system: You are a helpful assistant.
user:
Analyze the provided spectrum to determine if it is a **Carbon Star (C-type)**.

- **Key Visual Indicators of Carbon Star:**
    - **(Primary):** Strong molecular absorption from **C₂ (diatomic carbon) "Swan Bands."** This is the **defining feature** of a carbon star.
        - **(Key Bandheads):** Sharp absorption edges are visible at approximately $5635$ Å, $5165$ Å (the strongest band), and $4737$ Å.
        - **(Line Profile):** Creates a distinct **"saw-tooth"** pattern. The key morphology is a sharp, steep bandhead on the **red (long-wavelength) side**, which then gradually tapers off (i.e., flux recovers) towards the **blue (short-wavelength) side**. *(This is the direct opposite of the TiO bands seen in M-type stars)*.

    - **(Secondary):** Intense **CN (cyanogen)** molecular absorption bands.
        - **(Key Bandheads):** Located in the blue and violet regions of the spectrum (e.g., near $4215$ Å and $3883$ Å).
        - **(Morphology):** These bands are extremely broad and act as a "blanket," absorbing the vast majority of blue and violet light. This creates a characteristic **"cliff"** or **"steep drop-off"** in the spectrum's flux at short wavelengths.

    - **(Key Confirmation):** Strong **CH absorption band (G-band)**.
        - **(Key Bandhead):** Located around $4300$ Å. The contribution from CH molecules to this band is exceptionally strong.

    - **(Overall Spectrum):**
        - The continuum is severely "chopped up" by these deep molecular bands, especially C₂, rather than appearing as a smooth curve.
        - Due to the heavy CN and C₂ absorption in the blue-green, the vast majority of the star's flux is concentrated in the red part of the spectrum, giving the star its characteristic deep red color.

Think first, call **spectral_visualization_tool** if needed to examine features in detail, then provide your final answer. Your response must adhere to the following strict rules:
1.  **Overall Structure:** Your response must follow the format `<think>...</think> <tool_call>...</tool_call> (if a tool is used) <answer>...</answer>`.
2.  **Tool Usage Constraint:** You may only make **one** tool call per turn.
3.  **Final Answer Format:** In the `<answer>` tag, your conclusion must be inside a `\boxed{}` command (e.g., `\boxed{YES}`), followed by your justification.

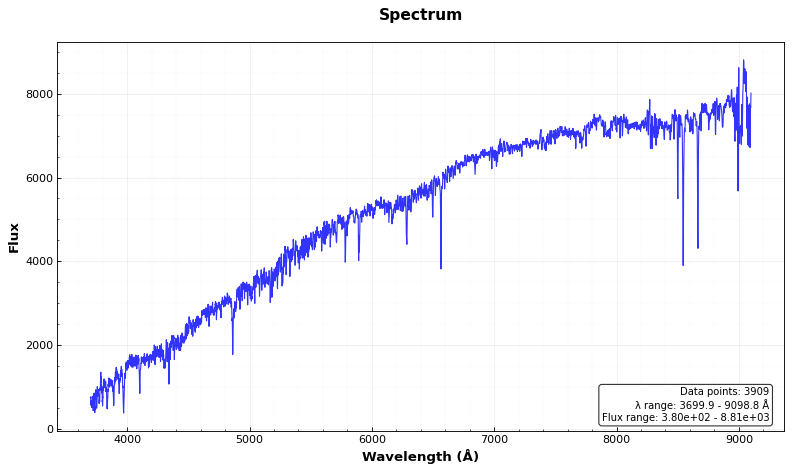
Answer: NO